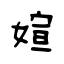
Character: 媗